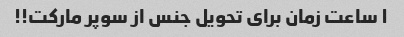
۱ ساعت زمان برای تحویل جنس از سوپر مارکت!!